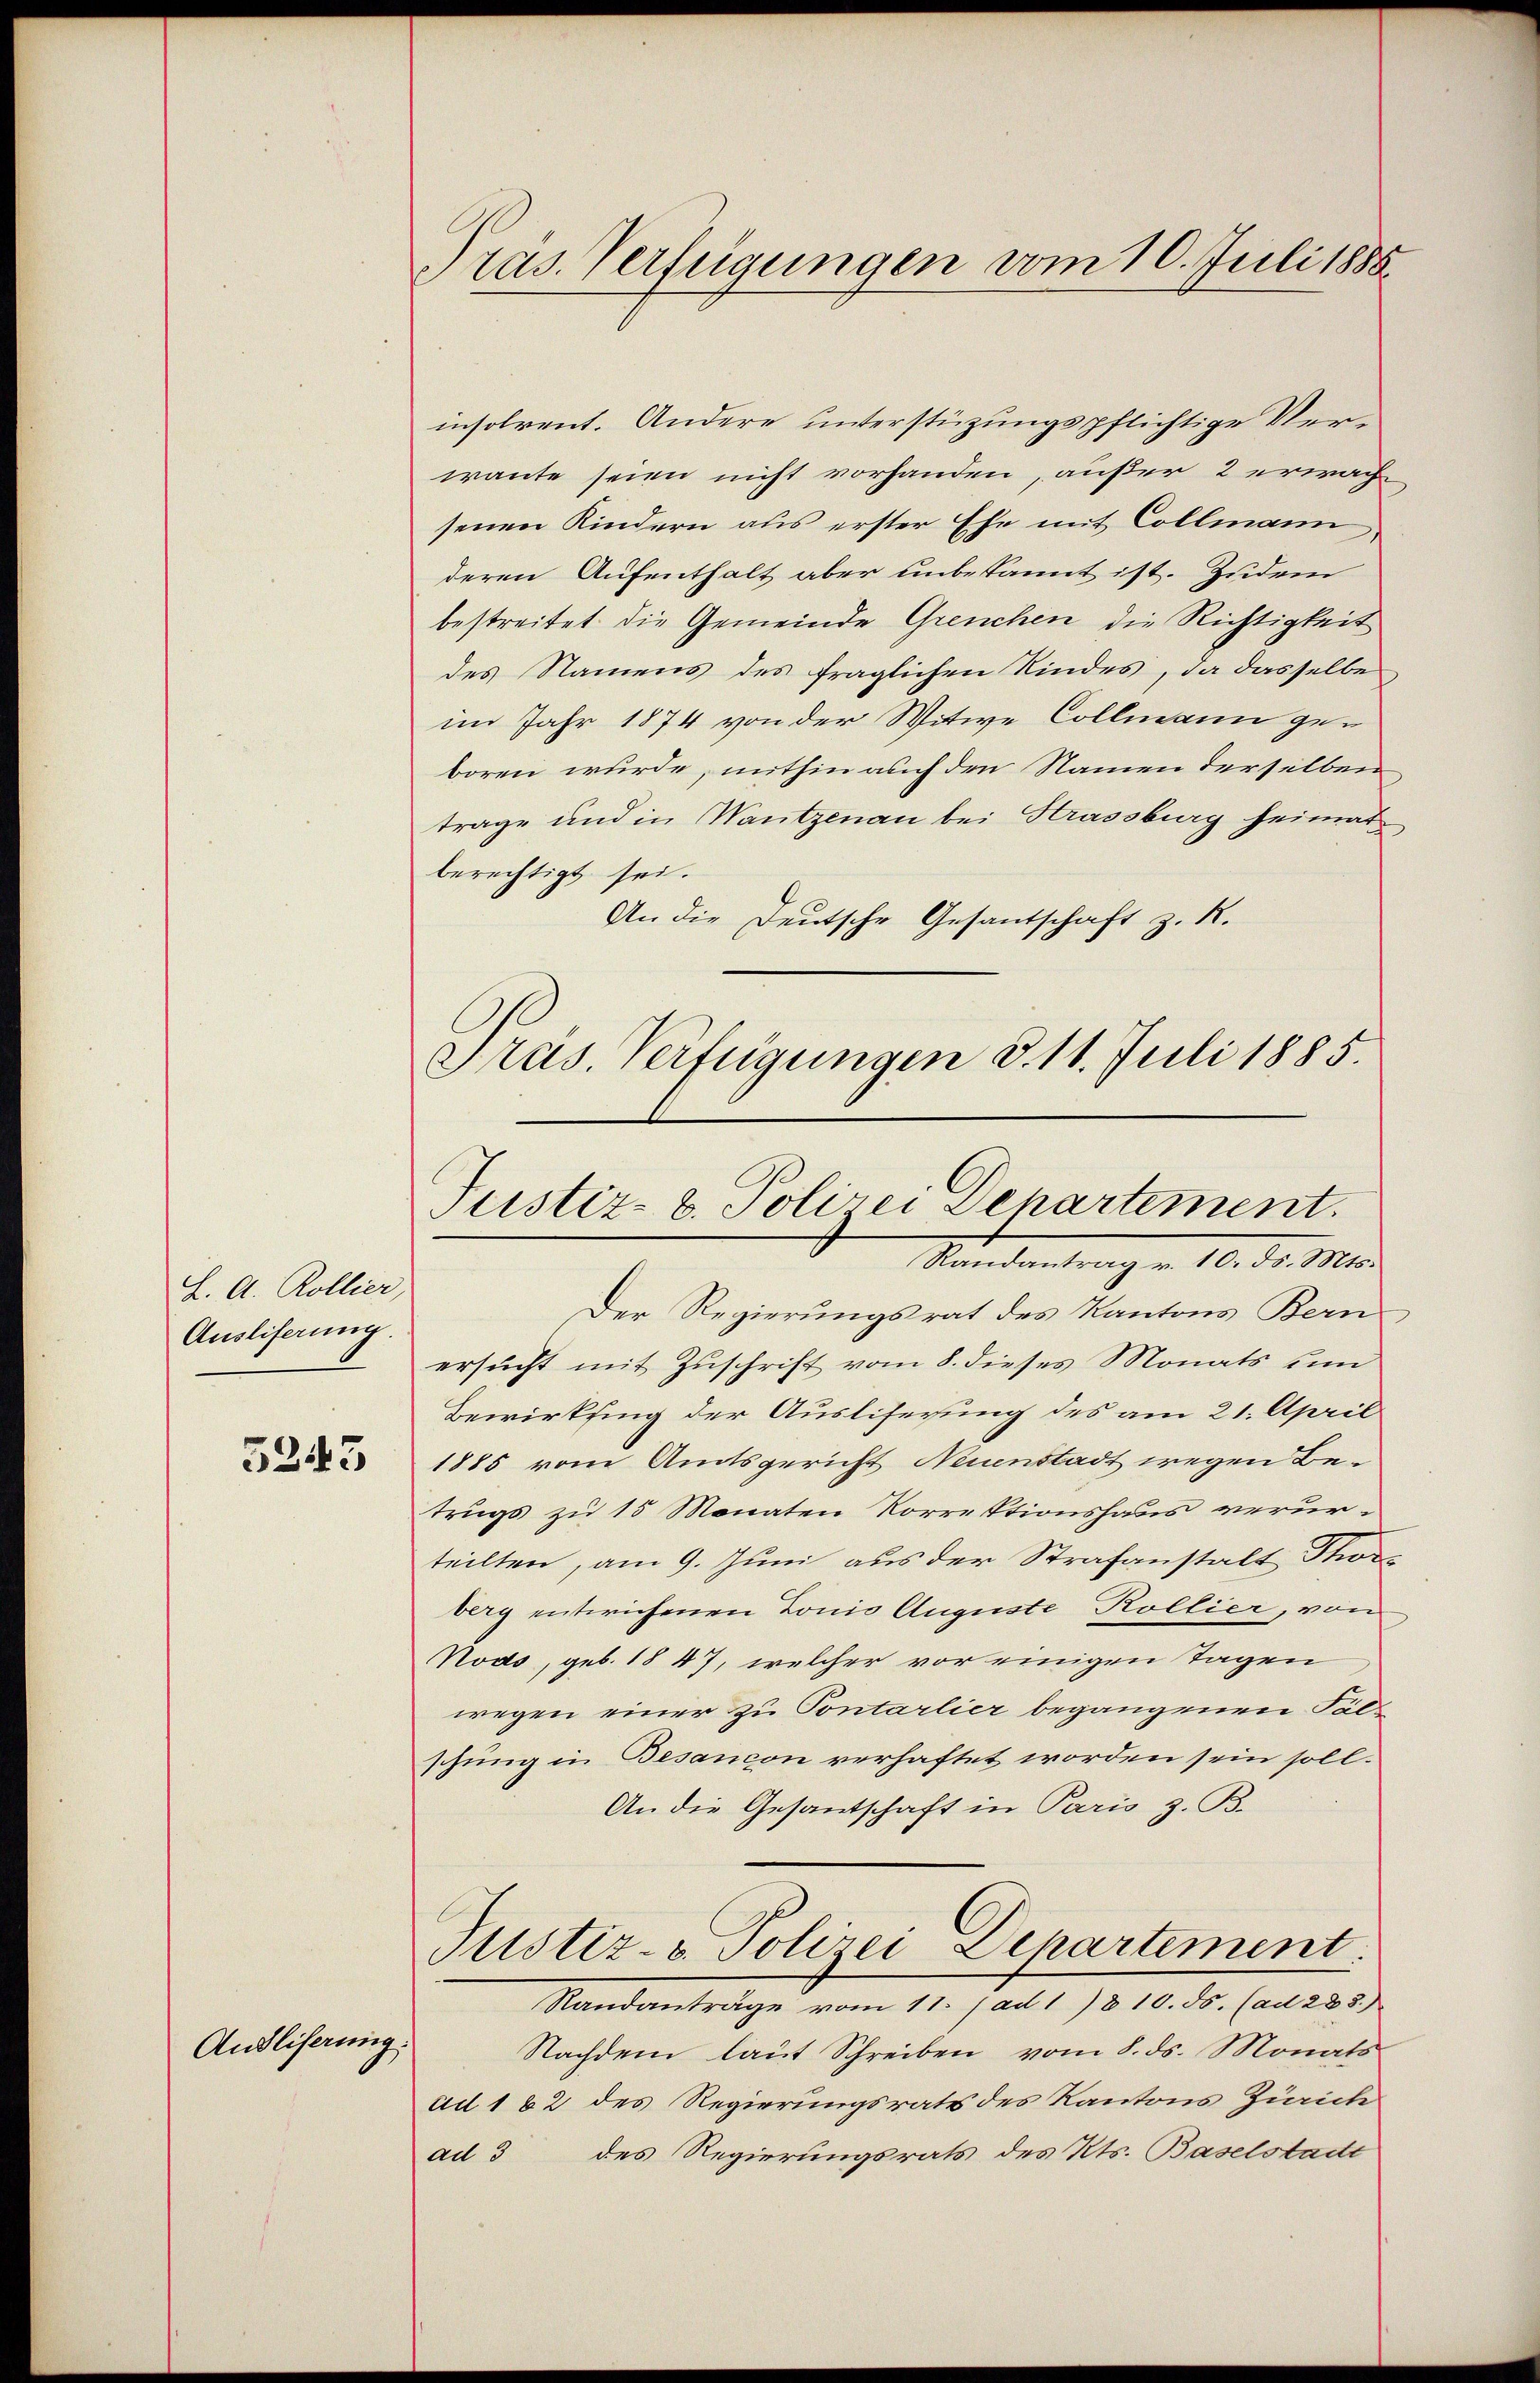
L. A. Rollier,
Anoliferung.

5243

Andliferung.

Pras. Verfügungen vom 10. Juli 1888

insolvent. Andere unterstüzungspflichtige Verwante seien nicht vorhanden, außer 2 erwachsenen Kindern aus erster Ehe mit Collmann
deren Aufenthalt aber unbekannt ist. Zudem
bestreitet die Gemeinde Greuchen die Richtigkeit
des Namens des fraglichen Kindes, da dasselbe
im Jahr 1874 von der Witwe Collmann geboren wurde, mithin auch den Namen derselben
trage und in Wantzenau bei Strassburg heimat
berechtigt sei.
An die Deutsche Gesantschaft z. R.
Pras. Verfügungen d. 11. Juli 1885.

Justiz- u. Polizei Departement.
Randantrag v. 10. ds. Mts.

Der Regierungsrat des Kantons Bern
ersucht mit Zuschrift vom 8. dieses Monats um
Bewirksing der Ausliserung des am 21. April
1885 vom Amtsgericht Neuenstadt wegen Be-
trugs zu 15 Monaten Korrektionshaus verurteilten, am 9. Juni aus der Strafanstalt Thor
berg entwichenen Tonis Auguste Kollier, von
Nods, geb. 1847, welcher vor einigen Tagen
wegen einer zu Pontarlier begangenen Fac
schung in Besancon verhaftet worden sein soll.
An die Gesantschaft in Paris z. B.
Justiz- & Polizei-Departement.
Randanträge vom 11. (ad 1810. ds. (ad 288.)
Nachdem laut Schreiben vom 8. ds. Monats
ad 162 des Regierungsrats des Kantons Zürich
ad 3 des Regierungsrats des Kts. Baselstadtt